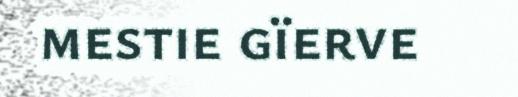
mestie gïerve